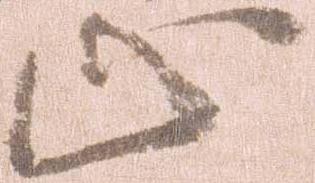
止